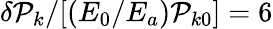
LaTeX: \delta\mathcal{P}_{k}/[(E_{0}/E_{a})\mathcal{P}_{k0}]=6